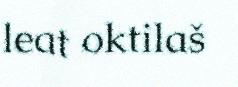
leat oktilaš